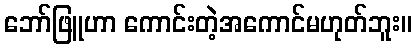
ဘော်ဖြူဟာ ကောင်းတဲ့အကောင်မဟုတ်ဘူး။